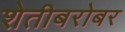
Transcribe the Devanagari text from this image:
शेतीबरोबर